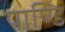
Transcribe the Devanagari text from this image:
पाण्डि